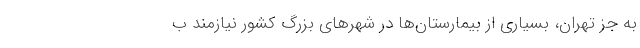
به جز تهران، بسیاری از بیمارستان‌ها در شهرهای بزرگ کشور نیازمند ب